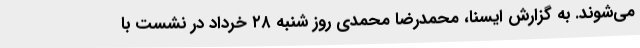
می‌شوند. به گزارش ایسنا، محمدرضا محمدی روز شنبه ۲۸ خرداد در نشست با